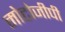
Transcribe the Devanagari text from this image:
मोटोजीपी